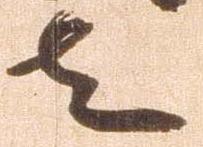
者